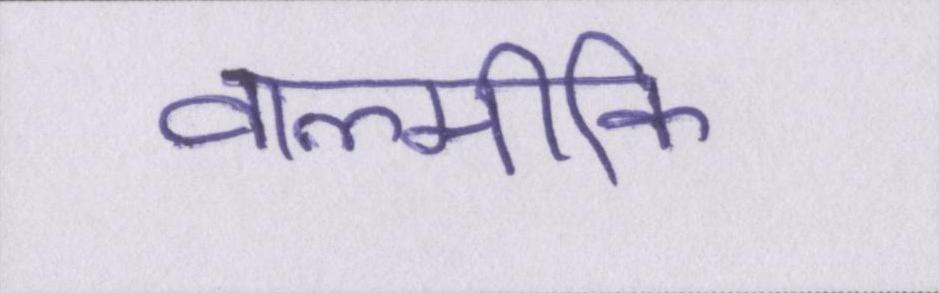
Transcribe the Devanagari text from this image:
वाल्मीकि